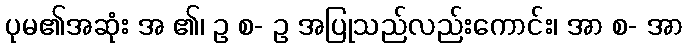
ပုမ၏အဆုံး အ ၏၊ ဥ စ- ဥ အပြုသည်လည်းကောင်း၊ အာ စ- အာ